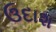
ઉદાશ